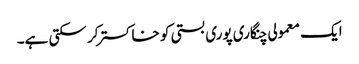
ایک معمولی چنگاری پوری بستی کو خاکستر کر سکتی ہے۔